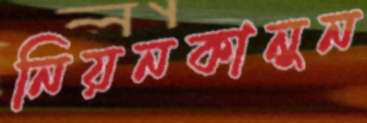
নিয়নকানুন